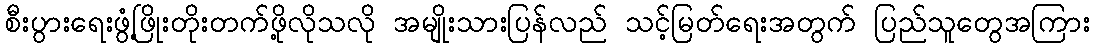
စီးပွားရေးဖွံ့ဖြိုးတိုးတက်ဖို့လိုသလို အမျိုးသားပြန်လည် သင့်မြတ်ရေးအတွက် ပြည်သူတွေအကြား